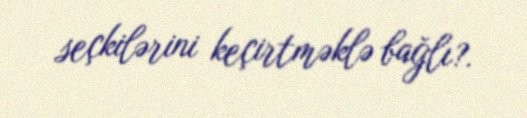
seçkilərini keçirtməklə bağlı?.